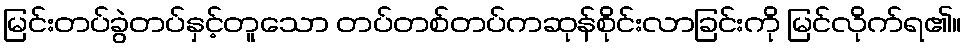
မြင်းတပ်ခွဲတပ်နှင့်တူသော တပ်တစ်တပ်ကဆုန်စိုင်းလာခြင်းကို မြင်လိုက်ရ၏။